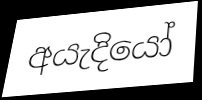
අයැදියෝ